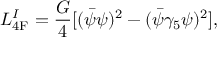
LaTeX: { \cal L } _ { \mathrm { 4 F } } ^ { I } = \frac { G } { 4 } [ ( \bar { \psi } \psi ) ^ { 2 } - ( \bar { \psi } \gamma _ { 5 } \psi ) ^ { 2 } ] ,